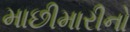
માછીમારીનો